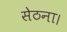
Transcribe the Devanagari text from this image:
सेठना।